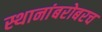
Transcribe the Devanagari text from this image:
स्थानांबरोबरच